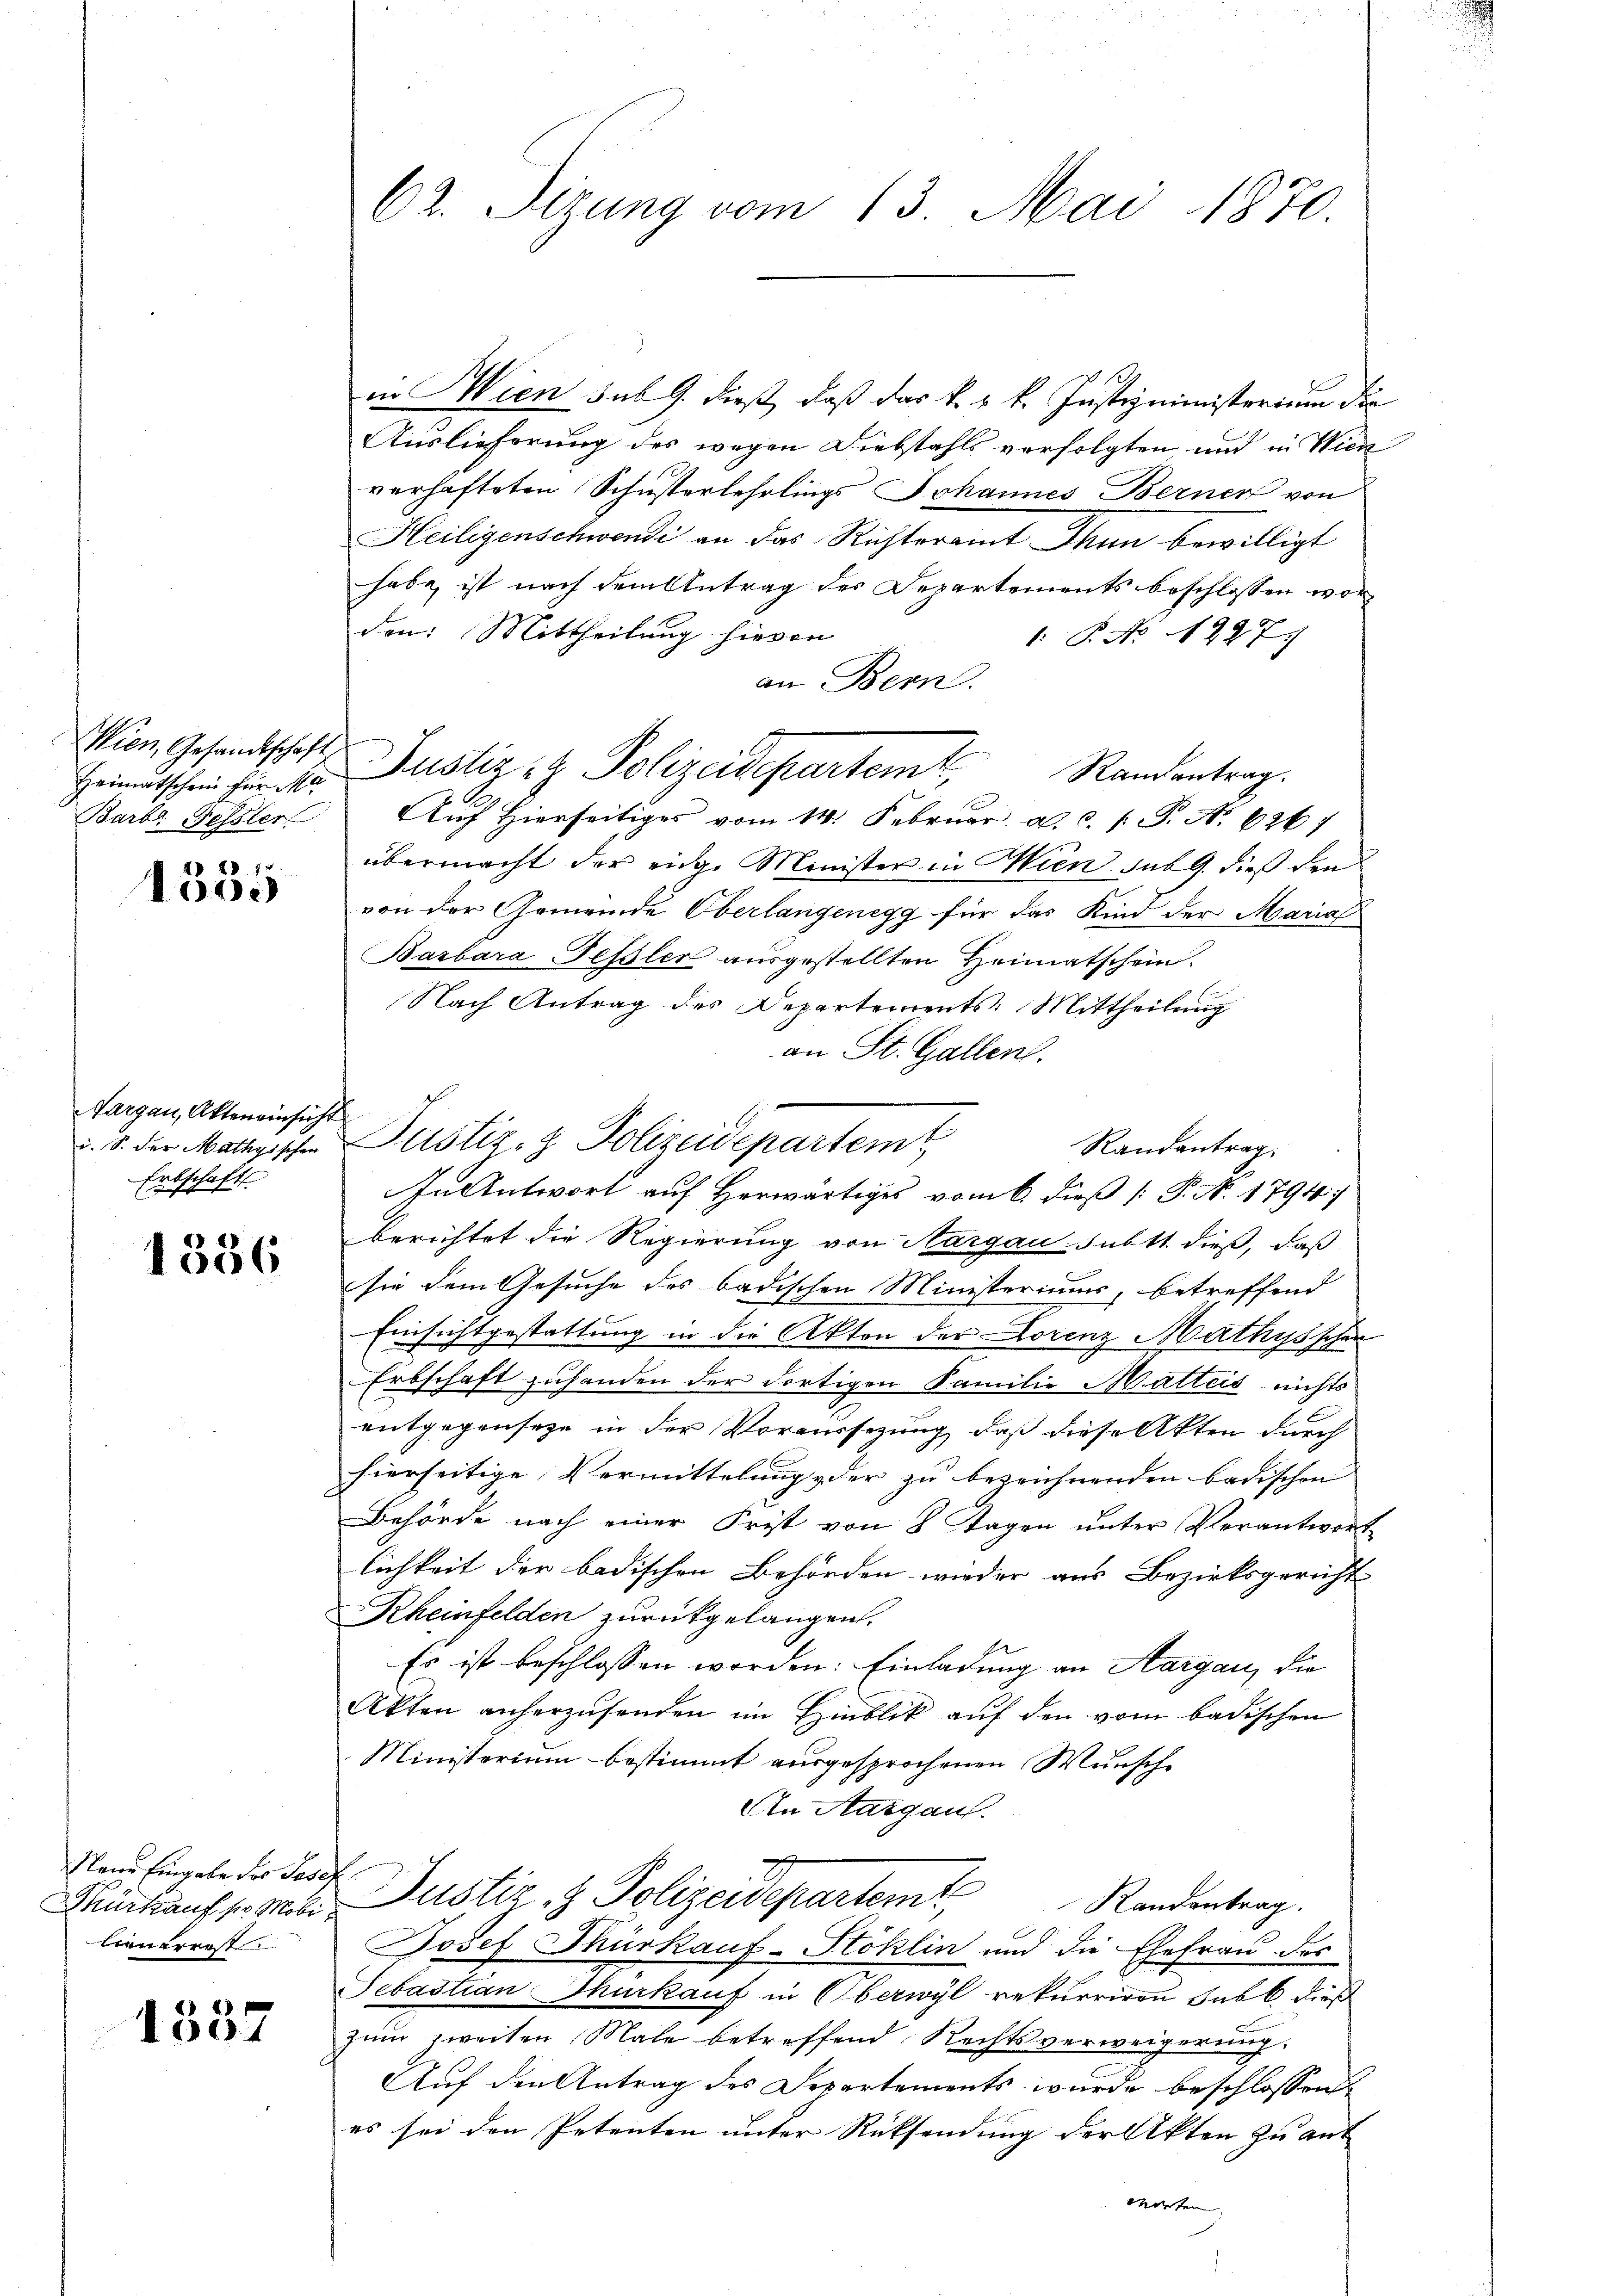
Heimatschein für Ma
Barbr Fessler

1355

Aargau, Aktenainsicht
Erbschaft

1336

Name Eingabe des Josef
lienerrest

1337

62. Sizung vom 13. Mai 1870.

in Wien sub 9. dieß, daß das k. k. k. Justizministerium die
Auslieferung des wegen Diebstahls verfolgten, und in Wien
verhafteten Schusterlehrlings Johannes Berner von
Heiligenschwendi an das Richteramt Thun bewilligt
habe, ist nach dem Antrag des Departements beschlossen worden: Mittheilung hievon
: P. No 227.
an Bern.
Auf hierseitiges vom 14. Februar a. c. s. P. No. 6264
übermacht der eige Minister in Wien sub 9. dieß den
von der Gemeinde Oberlangenegg für das Kind der Maria
Barbara Fessler ausgestellten Heimatschein.
Nach Antrag des Departements. Mittheilung
an St. Gallen.
§. 5. der Mathischen Justiz- & Polizeidepartemt
Randantrag
In Antwort auf Herwärtiges vom 6. dieß [ P. N. 1794.
berichtet die Regierung von Aargau subtt. dieß, daß
sie dem Gesuche des badischen Ministeriums, betreffend
Einsichtgestattung in die Akten der Lorenz Mathys schen
Erbschaft zuhanden der dortigen Familie Matteis nichts
entgegensehe in der Voraussetzung, daß diese Akten durch
hierseitige Vermittelung der zu bezeichnenden badischen
Behörde nach einer Frist von 8 Tagen unter Verantwort
lichkeit der badischen Behörden wieder aus Bezirksgericht
Rheinfelden zurückgelangen.
Es ist beschlossen worden: Einladung an Aargau, die
Akten anherzusenden im Hinblik auf den vom badischen
Ministerium bestimmt ausgesprochenen Wunsche
An Aargau.
Gürkaufs Mit Zustiz- & Polizeidepartem Randentrag.
Josef Thürkauf-Stoklin und die Ehefrau des
Sebastian Thurkauf in Oberwyl rekurriren sub b. dies
zum zweiten Male betreffend Rechtsverweigerung:
Auf den Antrag des Departements wurde beschlossen
es sei den Petenten unter Rücksendung der Akten zu ant
Werten

Wien, Gesandtschaft Justiz et Polizeidepartem Randantrag.